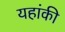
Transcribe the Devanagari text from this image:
यहांकी